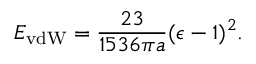
E _ { \mathrm { v d W } } = { \frac { 2 3 } { 1 5 3 6 \pi a } } ( \epsilon - 1 ) ^ { 2 } .